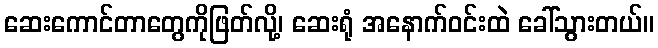
ဆေးကောင်တာတွေကိုဖြတ်လို့၊ ဆေးရုံ အနောက်ဝင်းထဲ ခေါ်သွားတယ်။